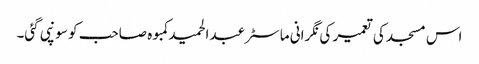
اس مسجد کی تعمیر کی نگرانی ماسٹر عبدالحمید کمبوہ صاحب کو سونپی گئی۔